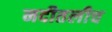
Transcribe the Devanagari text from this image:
नदीतलीच